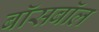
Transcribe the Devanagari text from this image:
बॉसबॉल